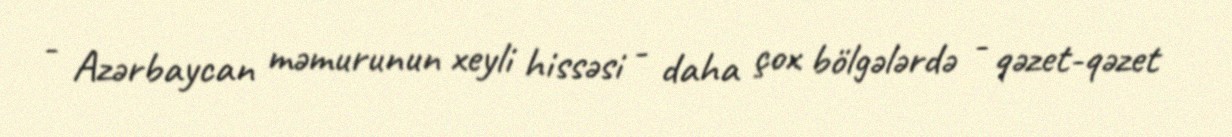
- Azərbaycan məmurunun xeyli hissəsi - daha çox bölgələrdə - qəzet-qəzet